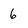
Character: 6